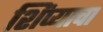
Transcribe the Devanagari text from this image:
शिंप्याचा